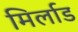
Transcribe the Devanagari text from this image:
मिर्लाड